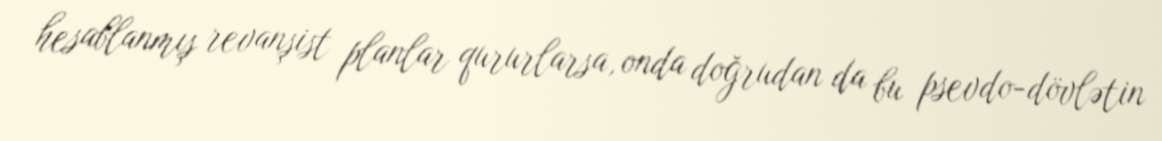
hesablanmış revanşist planlar qururlarsa, onda doğrudan da bu psevdo-dövlətin